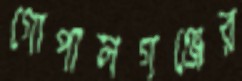
গোপালগঞ্জের